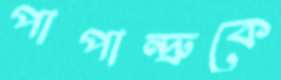
পাপান্দ্রুকে